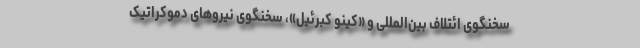
سخنگوی ائتلاف بین‌المللی و «کینو کبرئیل»، سخنگوی نیروهای دموکراتیک